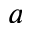
^ a